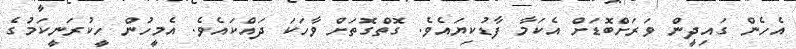
އެހެން ގައިދީން ވަރަށްބޮޑަށް އެކަމާ ފާޑުކިޔައެވެ. ގޮތްގޮތަށް ވާހަކަ ދައްކައެވެ. އެމީހުން ހީކުރަނީކަމުގެ